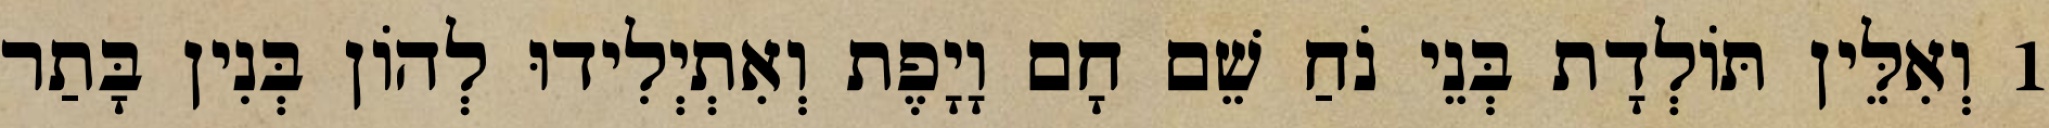
1 וְאִלֵּין תּוֹלְדָת בְּנֵי נֹחַ שֵׁם חָם וָיָפֶת וְאִתְיְלִידוּ לְהוֹן בְּנִין בָּתַר